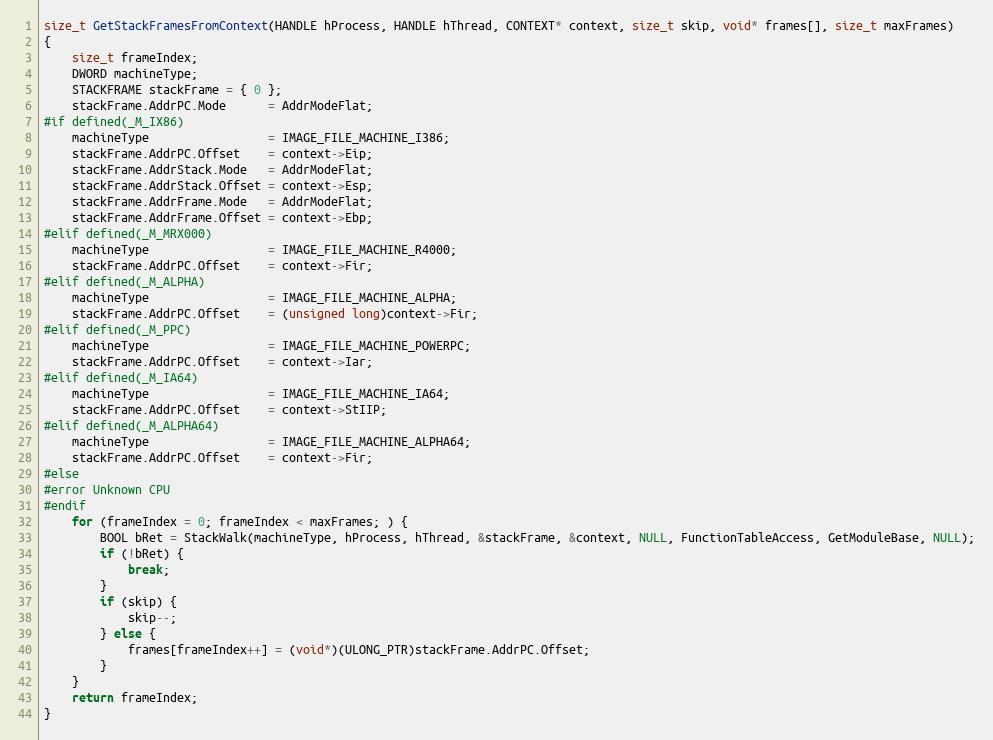
Language: C
size_t GetStackFramesFromContext(HANDLE hProcess, HANDLE hThread, CONTEXT* context, size_t skip, void* frames[], size_t maxFrames)
{
	size_t frameIndex;
	DWORD machineType;
	STACKFRAME stackFrame = { 0 };
	stackFrame.AddrPC.Mode      = AddrModeFlat;
#if defined(_M_IX86)
	machineType                 = IMAGE_FILE_MACHINE_I386;
	stackFrame.AddrPC.Offset    = context->Eip;
	stackFrame.AddrStack.Mode   = AddrModeFlat;
	stackFrame.AddrStack.Offset = context->Esp;
	stackFrame.AddrFrame.Mode   = AddrModeFlat;
	stackFrame.AddrFrame.Offset = context->Ebp;
#elif defined(_M_MRX000)
	machineType                 = IMAGE_FILE_MACHINE_R4000;
	stackFrame.AddrPC.Offset    = context->Fir;
#elif defined(_M_ALPHA)
	machineType                 = IMAGE_FILE_MACHINE_ALPHA;
	stackFrame.AddrPC.Offset    = (unsigned long)context->Fir;
#elif defined(_M_PPC)
	machineType                 = IMAGE_FILE_MACHINE_POWERPC;
	stackFrame.AddrPC.Offset    = context->Iar;
#elif defined(_M_IA64)
	machineType                 = IMAGE_FILE_MACHINE_IA64;
	stackFrame.AddrPC.Offset    = context->StIIP;
#elif defined(_M_ALPHA64)
	machineType                 = IMAGE_FILE_MACHINE_ALPHA64;
	stackFrame.AddrPC.Offset    = context->Fir;
#else
#error Unknown CPU
#endif
	for (frameIndex = 0; frameIndex < maxFrames; ) {
		BOOL bRet = StackWalk(machineType, hProcess, hThread, &stackFrame, &context, NULL, FunctionTableAccess, GetModuleBase, NULL);
		if (!bRet) {
			break;
		}
		if (skip) {
			skip--;
		} else {
			frames[frameIndex++] = (void*)(ULONG_PTR)stackFrame.AddrPC.Offset;
		}
	}
	return frameIndex;
}